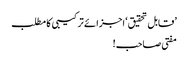
’قابل تحقیق‘ اجزائے ترکیبی کا مطلب
مفتی صاحب!